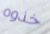
خذوه